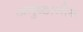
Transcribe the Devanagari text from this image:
अनुष्ठानीय